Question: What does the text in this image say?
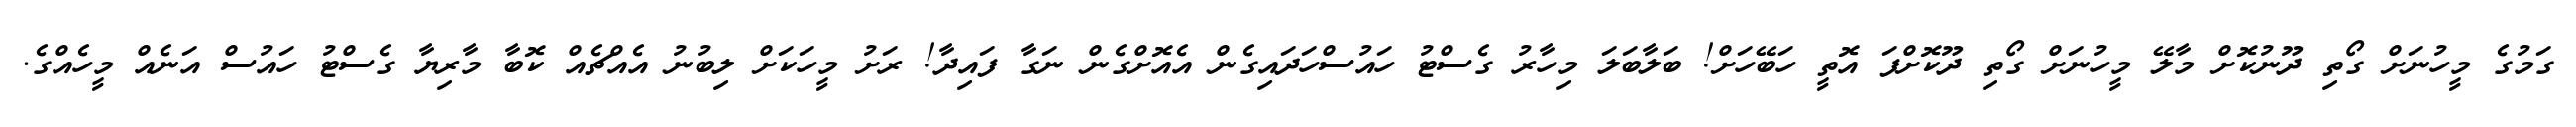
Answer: ގަމުގެ މީހުނަށް ގޯތި ދޫނުކޮށް މާލޭ މީހުނަށް ގޯތި ދޫކޮށްފަ އޮތީ ހަބޭހަށް! ބަލާބަލަ މިހާރު ގެސްޓު ހައުސްހަދައިގެން އެއޮށްގެން ނަގާ ފައިދާ! ރަށު މީހަކަށް ލިބުނު އެއްޗެއް ކޮބާ މާރިޔާ ގެސްޓު ހައުސް އަނެއް މީހެއްގެ.